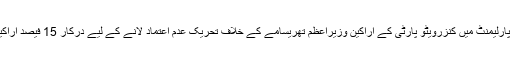
بین الاقوامی خبر رساں ادارے کے مطابق برطانوی پارلیمنٹ میں کنزرویٹو پارٹی کے اراکین وزیراعظم تھریسامے کے خلاف تحریک عدم اعتماد لانے کے لیے درکار 15 فیصد اراکین کی حمایت حاصل کرنے میں کامیاب ہوگئے ہیں۔